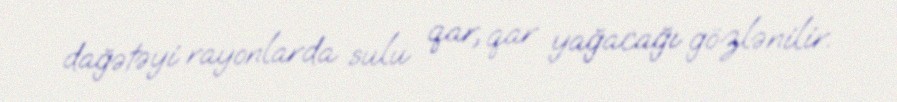
dağətəyi rayonlarda sulu qar, qar yağacağı gözlənilir.